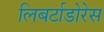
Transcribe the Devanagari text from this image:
लिबर्टाडोरेस